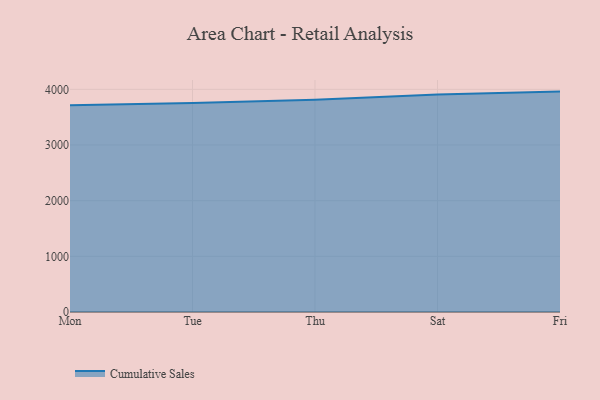
{"axis": {"x": "Day", "y": "Temperature (°C)"}, "legend": ["Cumulative Sales"], "data": [{"x": "Mon", "y": 3713.5, "type": "Cumulative Sales"}, {"x": "Tue", "y": 3755.1, "type": "Cumulative Sales"}, {"x": "Thu", "y": 3813.5, "type": "Cumulative Sales"}, {"x": "Sat", "y": 3906.2, "type": "Cumulative Sales"}, {"x": "Fri", "y": 3959.2, "type": "Cumulative Sales"}]}